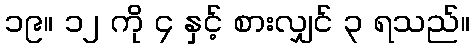
၁၉။ ၁၂ ကို ၄ နှင့် စားလျှင် ၃ ရသည်။